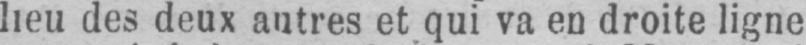
des deux autres et qui va en droite ligne